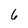
Character: 6